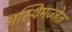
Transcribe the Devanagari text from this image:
अस्थिमज्जेत